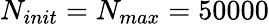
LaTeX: N_{init}=N_{max}=50000